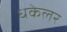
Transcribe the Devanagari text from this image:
धकेलर